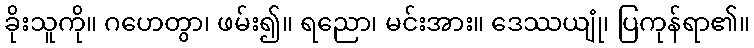
ခိုးသူကို။ ဂဟေတွာ၊ ဖမ်း၍။ ရညော၊ မင်းအား။ ဒေဿယျုံ၊ ပြကုန်ရာ၏။